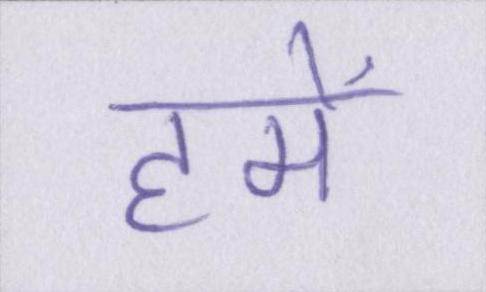
हमें